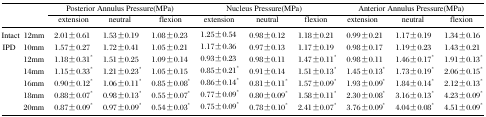
<table><thead><tr><td rowspan="2" colspan="2"></td><td colspan="3"><b>Posterior Annulus Pressure(MPa)</b></td><td colspan="3"><b>Nucleus Pressure(MPa)</b></td><td colspan="3"><b>Anterior Annulus Pressure(MPa)</b></td></tr><tr><td><b>extension</b></td><td><b>neutral</b></td><td><b>flexion</b></td><td><b>extension</b></td><td><b>neutral</b></td><td><b>flexion</b></td><td><b>extension</b></td><td><b>neutral</b></td><td><b>flexion</b></td></tr></thead><tbody><tr><td rowspan="7">Intact IPD</td><td>12mm</td><td>2.01±0.61</td><td>1.53±0.19</td><td>1.08±0.23</td><td>1.25±0.54</td><td>0.98±0.12</td><td>1.18±0.21</td><td>0.99±0.21</td><td>1.17±0.19</td><td>1.34±0.16</td></tr><tr><td>10mm</td><td>1.57±0.27</td><td>1.72±0.41</td><td>1.05±0.21</td><td>1.17±0.36</td><td>0.97±0.13</td><td>1.17±0.19</td><td>0.98±0.17</td><td>1.19±0.23</td><td>1.43±0.21</td></tr><tr><td>12mm</td><td>1.18±0.31*</td><td>1.51±0.25</td><td>1.09±0.14</td><td>0.93±0.23</td><td>0.98±0.11</td><td>1.47±0.11*</td><td>0.98±0.11</td><td>1.46±0.17*</td><td>1.91±0.13*</td></tr><tr><td>14mm</td><td>1.15±0.33*</td><td>1.21±0.23*</td><td>1.05±0.15</td><td>0.85±0.21*</td><td>0.91±0.14</td><td>1.51±0.13*</td><td>1.45±0.13*</td><td>1.73±0.19*</td><td>2.06±0.15*</td></tr><tr><td>16mm</td><td>0.90±0.12*</td><td>1.06±0.11*</td><td>0.85±0.08*</td><td>0.86±0.14*</td><td>0.81±0.11*</td><td>1.57±0.09*</td><td>1.93±0.09*</td><td>1.84±0.14*</td><td>2.12±0.13*</td></tr><tr><td>18mm</td><td>0.88±0.07*</td><td>0.98±0.13*</td><td>0.55±0.07*</td><td>0.77±0.09*</td><td>0.80±0.09*</td><td>1.58±0.11*</td><td>2.30±0.08*</td><td>3.16±0.13*</td><td>4.23±0.09*</td></tr><tr><td>20mm</td><td>0.87±0.09*</td><td>0.97±0.09*</td><td>0.54±0.03*</td><td>0.75±0.09*</td><td>0.78±0.10*</td><td>2.41±0.07*</td><td>3.76±0.09*</td><td>4.04±0.08*</td><td>4.51±0.09*</td></tr></tbody></table>